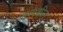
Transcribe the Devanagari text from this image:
तन्यशील